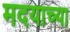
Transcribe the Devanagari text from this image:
मदयाच्या